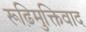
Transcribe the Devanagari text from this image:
रूढ़िमुक्तिवाद